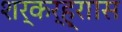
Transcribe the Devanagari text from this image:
शर्कर्ह्राास